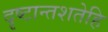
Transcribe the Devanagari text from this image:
दृष्टान्तशतेहि